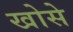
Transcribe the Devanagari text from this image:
खोसे